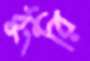
ঠুংরি